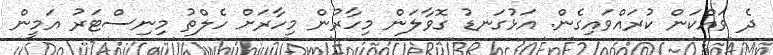
ދެ ވައްކަން ކުރައްވައިގެން. އަޅުގަނޑު ގޮވާލަން މިހާރުން މިހާރަށް ހެލްތު މިނިސްޓަރު އަމީން